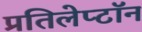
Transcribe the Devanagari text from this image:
प्रतिलेप्टॉन